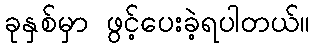
ခုနှစ်မှာ ဖွင့်ပေးခဲ့ရပါတယ်။